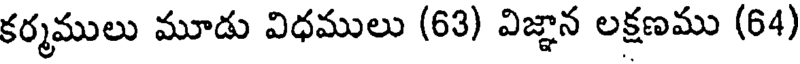
కర్మములు మూడు విధములు (63) విజ్ఞాన లక్షణము (64)